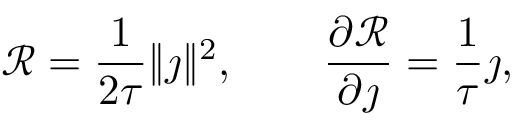
\mathcal { R } = \frac { 1 } { 2 \tau } \| \j \| ^ { 2 } , \qquad \frac { \partial \mathcal { R } } { \partial \j } = \frac { 1 } { \tau } \j ,